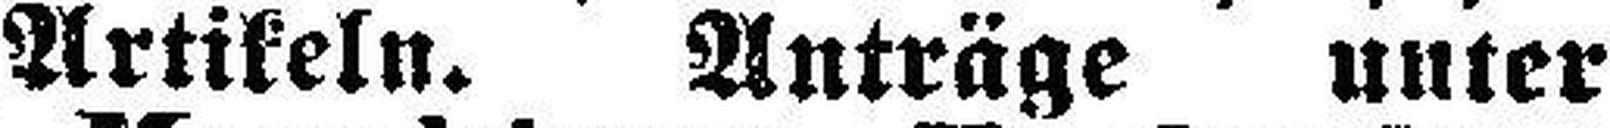
Artikeln. Anträge unter